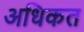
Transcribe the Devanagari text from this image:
अधिकत